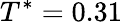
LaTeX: T^{*}=0.31